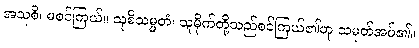
အသုစိ၊ မစင်ကြယ်။ သုစိသမ္မတံ၊ သူမိုက်တို့သည်စင်ကြယ်၏ဟု သမုတ်အပ်၏။